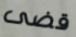
قضى